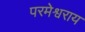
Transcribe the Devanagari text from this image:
परमेश्वराय